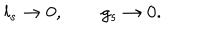
l _ { s } \rightarrow 0 , \qquad g _ { s } \rightarrow 0 .